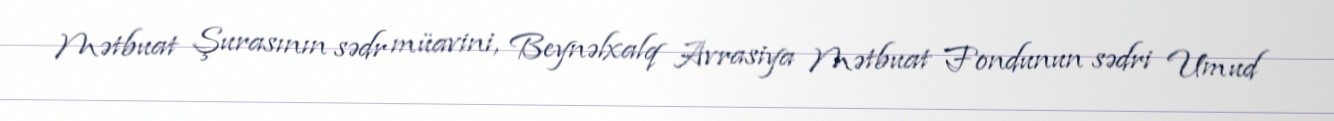
Mətbuat Şurasının sədr müavini, Beynəlxalq Avrasiya Mətbuat Fondunun sədri Umud